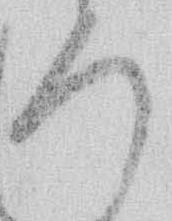
ろ